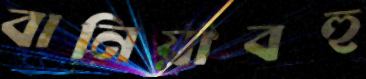
বানিয়াবহু